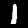
Label: 1